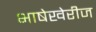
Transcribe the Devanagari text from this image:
भाषेखेरीज